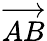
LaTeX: \stackrel{\longrightarrow}{AB}